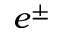
e ^ { \pm }